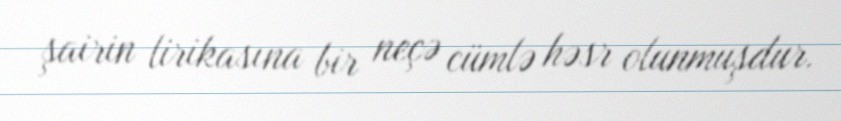
şairin lirikasına bir neçə cümlə həsr olunmuşdur.